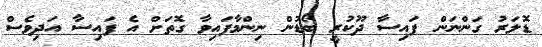
ޑޮލަރު ގަންނަން ފައިސާ ދޫކުރީ ބޯޑުން ނިންމާފައިވާ ގޮތަށް އެ ފައިސާ އަދިވެސް